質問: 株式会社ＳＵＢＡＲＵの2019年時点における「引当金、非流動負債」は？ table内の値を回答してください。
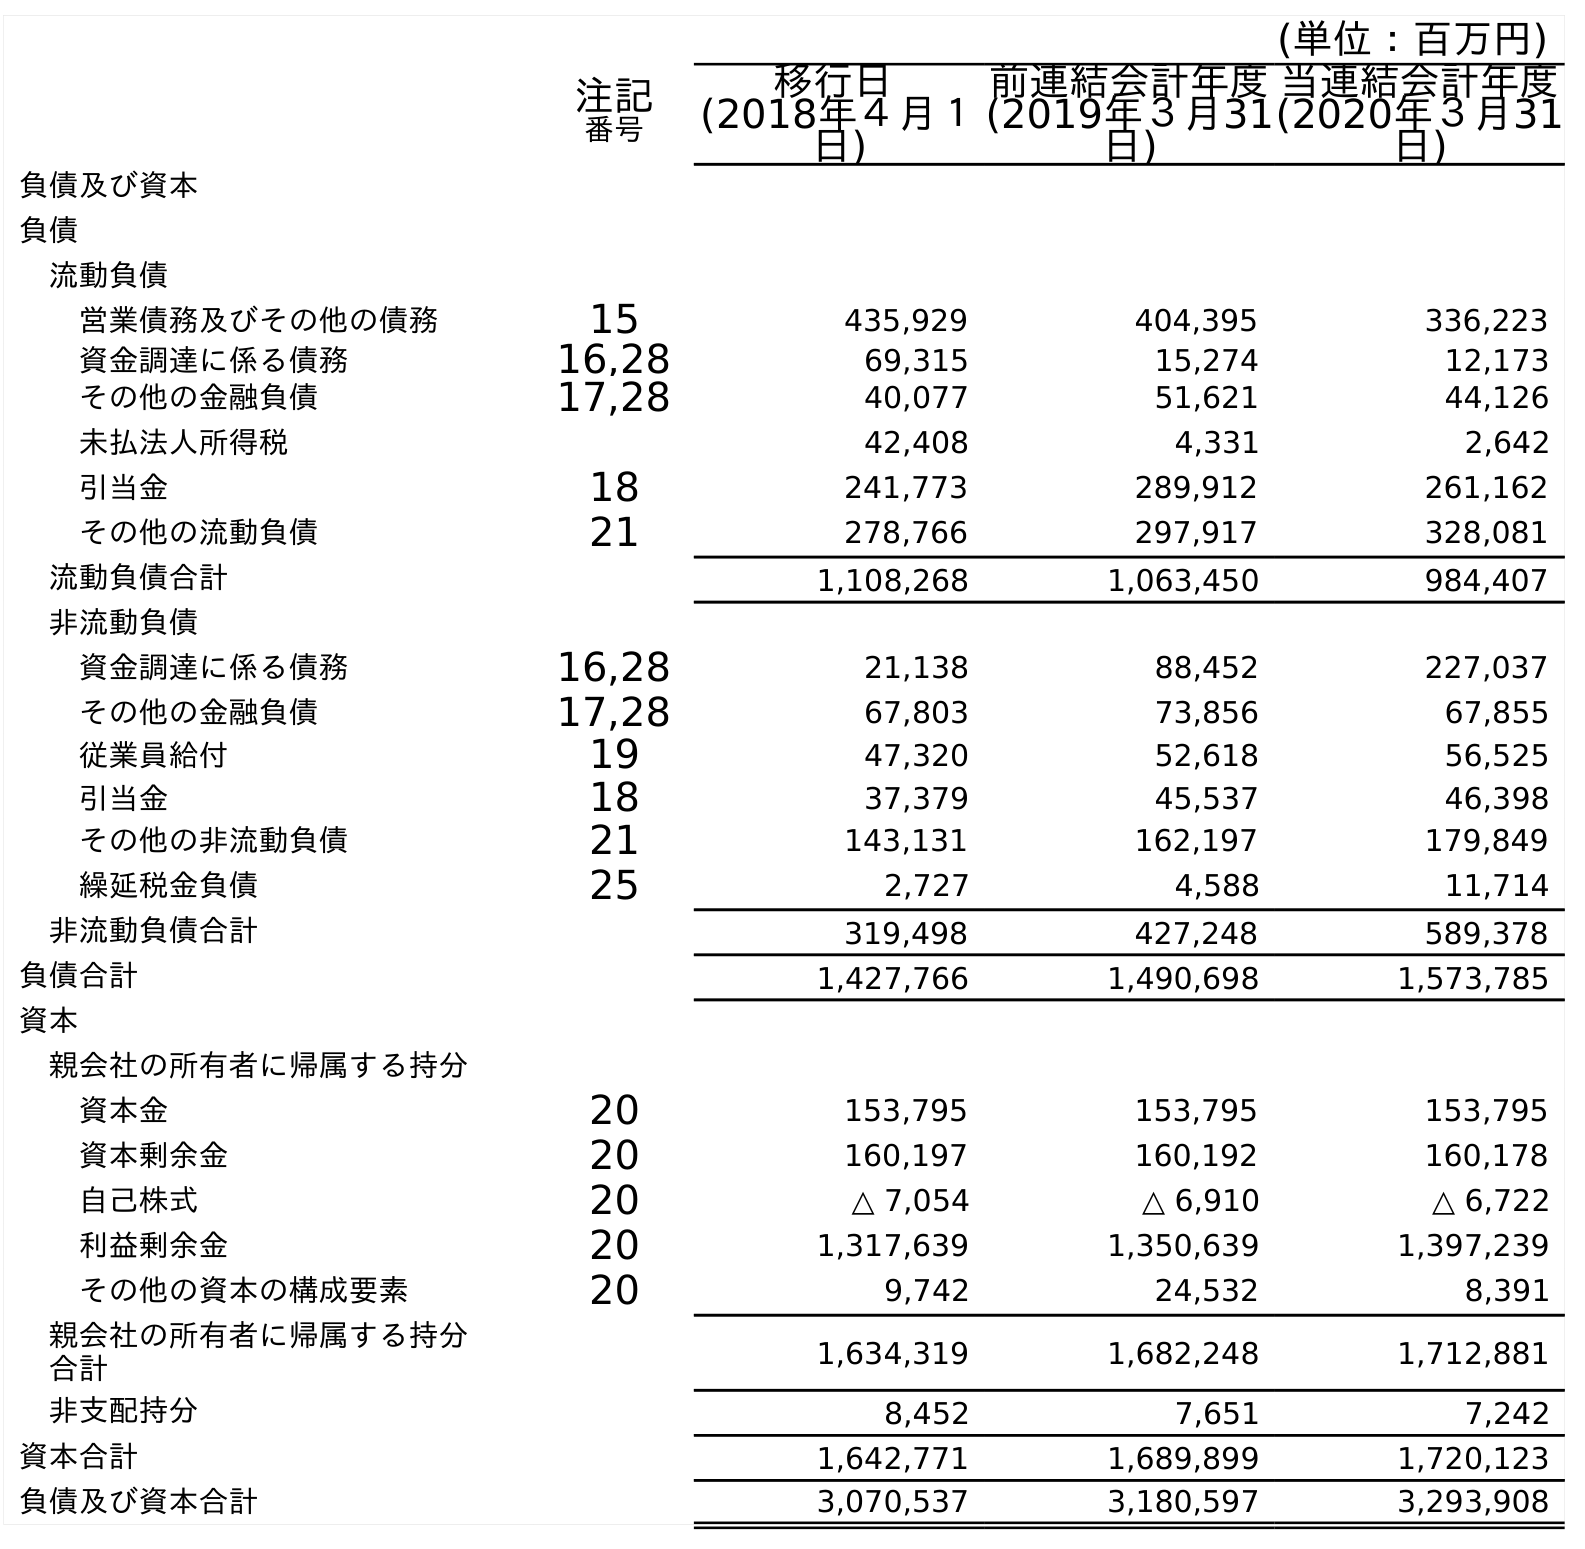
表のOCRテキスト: (単位：百万円) 注記 番号 移行日 (2018年４月１ 日) 前連結会計年度 (2019年３月31 日) 当連結会計年度 (2020年３月31 日) 負債及び資本 負債 流動負債 営業債務及びその他の債務 15 435,929 404,395 336,223 資金調達に係る債務 16,28 69,315 15,274 12,173 その他の金融負債 17,28 40,077 51,621 44,126 未払法人所得税 42,408 4,331 2,642 引当金 18 241,773 289,912 261,162 その他の流動負債 21 278,766 297,917 328,081 流動負債合計 1,108,268 1,063,450 984,407 非流動負債 資金調達に係る債務 16,28 21,138 88,452 227,037 その他の金融負債 17,28 67,803 73,856 67,855 従業員給付 19 47,320 52,618 56,525 引当金 18 37,379 45,537 46,398 その他の非流動負債 21 143,131 162,197 179,849 繰延税金負債 25 2,727 4,588 11,714 非流動負債合計 319,498 427,248 589,378 負債合計 1,427,766 1,490,698 1,573,785 資本 親会社の所有者に帰属する持分 資本金 20 153,795 153,795 153,795 資本剰余金 20 160,197 160,192 160,178 自己株式 20 △ 7,054 △ 6,910 △ 6,722 利益剰余金 20 1,317,639 1,350,639 1,397,239 その他の資本の構成要素 20 9,742 24,532 8,391 親会社の所有者に帰属する持分 合計 1,634,319 1,682,248 1,712,881 非支配持分 8,452 7,651 7,242 資本合計 1,642,771 1,689,899 1,720,123 負債及び資本合計 3,070,537 3,180,597 3,293,908
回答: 45,537